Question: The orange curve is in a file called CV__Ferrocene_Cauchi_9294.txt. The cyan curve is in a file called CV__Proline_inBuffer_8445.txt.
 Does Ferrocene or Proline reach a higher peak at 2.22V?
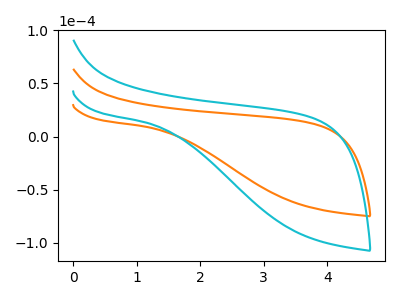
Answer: <think>The orange curve "Ferrocene" has no peaks. The cyan curve "Proline" has no peaks.</think>
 <answer>"Ferrocene" and "Proline" dont share a peak at 2.22V.</answer>
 <eval>mismatch</eval>